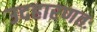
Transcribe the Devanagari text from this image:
उदहारणतः